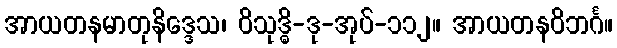
အာယတနမာတုနိဒ္ဒေသ၊ ဝိသုဒ္ဓိ-ဒု-အုပ်-၁၁၂။ အာယတနဝိဘင်္ဂ။